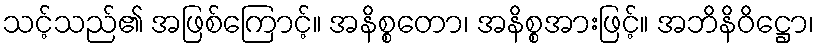
သင့်သည်၏ အဖြစ်ကြောင့်။ အနိစ္စတော၊ အနိစ္စအားဖြင့်။ အဘိနိဝိဋ္ဌော၊